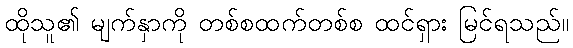
ထိုသူ၏ မျက်နှာကို တစ်စထက်တစ်စ ထင်ရှား မြင်ရသည်။